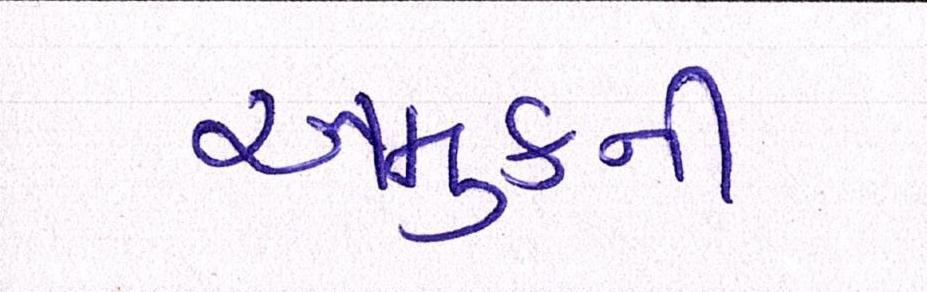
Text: અમુકની